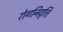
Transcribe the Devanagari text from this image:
रोगनिवृत्ति